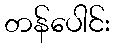
တန်ပေါင်း